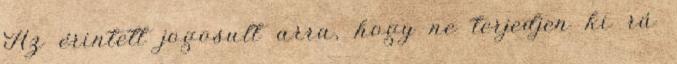
Az érintett jogosult arra, hogy ne terjedjen ki rá